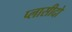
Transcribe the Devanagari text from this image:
प्लासीदो